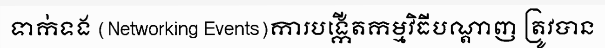
ទាក់ទង (Networking Events)ការបង្កើតកម្មវិធីបណ្តាញ ត្រូវបាន